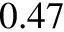
0 . 4 7